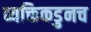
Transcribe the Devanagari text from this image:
व्यक्तिकडुनच